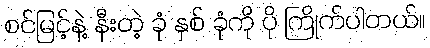
စင်မြင့်နဲ့ နီးတဲ့ ခုံ နှစ် ခုံကို ပို ကြိုက်ပါတယ်။